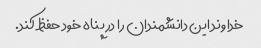
خداوند این دانشمندان را در پناه خود حفظ کند.